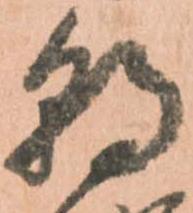
朝